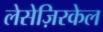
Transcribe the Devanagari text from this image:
लेसेज़िरकेल